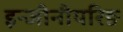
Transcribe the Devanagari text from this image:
इन्जीनीयरिङ